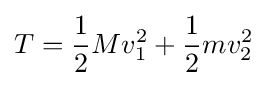
T={\frac {1}{2}}Mv_{1}^{2}+{\frac {1}{2}}mv_{2}^{2}